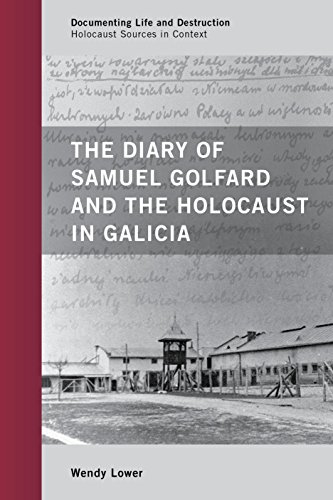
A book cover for The Diary of Samuel Golfard and the Holocaust in Galicia (Documenting Life and Destruction: Holocaust Sources in Context); Samuel Golfard; Biographies & Memoirs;